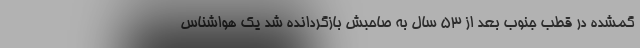
گمشده در قطب جنوب بعد از ۵۳ سال به صاحبش بازگردانده شد یک هواشناس